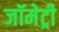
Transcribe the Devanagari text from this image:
जॉमेट्री